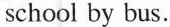
school by bus.